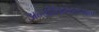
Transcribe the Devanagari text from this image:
अन्योक्तिकल्पद्रम